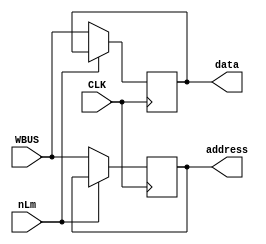
/**
* Input and MAR (MAR)
*
* Input :
* WBUS    = the Data from the WBUS.
* nLm     = Enable MAR to Load WBUS data (0 = enable)
* CLK     = Clock
*
* Output :
* address = Address to the RAM
* data    = data to the RAM
*/
module mar (
			output reg [3:0] address,
			output reg [3:0] data,
			input      [3:0] WBUS,
			input            nLm ,
			input            CLK );		
	
	always @ (posedge CLK) begin
	
		if (!nLm) begin
		    address <= WBUS ;
	        data    <= WBUS ;
		end
		
	    else begin
			address <= address ;
			data    <= data ;
		end
	end
endmodule